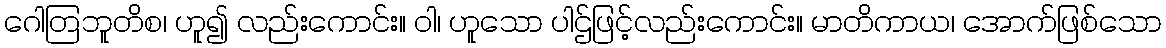
ဂေါတြဘူတိစ၊ ဟူ၍ လည်းကောင်း။ ဝါ၊ ဟူသော ပါဌ်ဖြင့်လည်းကောင်း။ မာတိကာယ၊ အောက်ဖြစ်သော